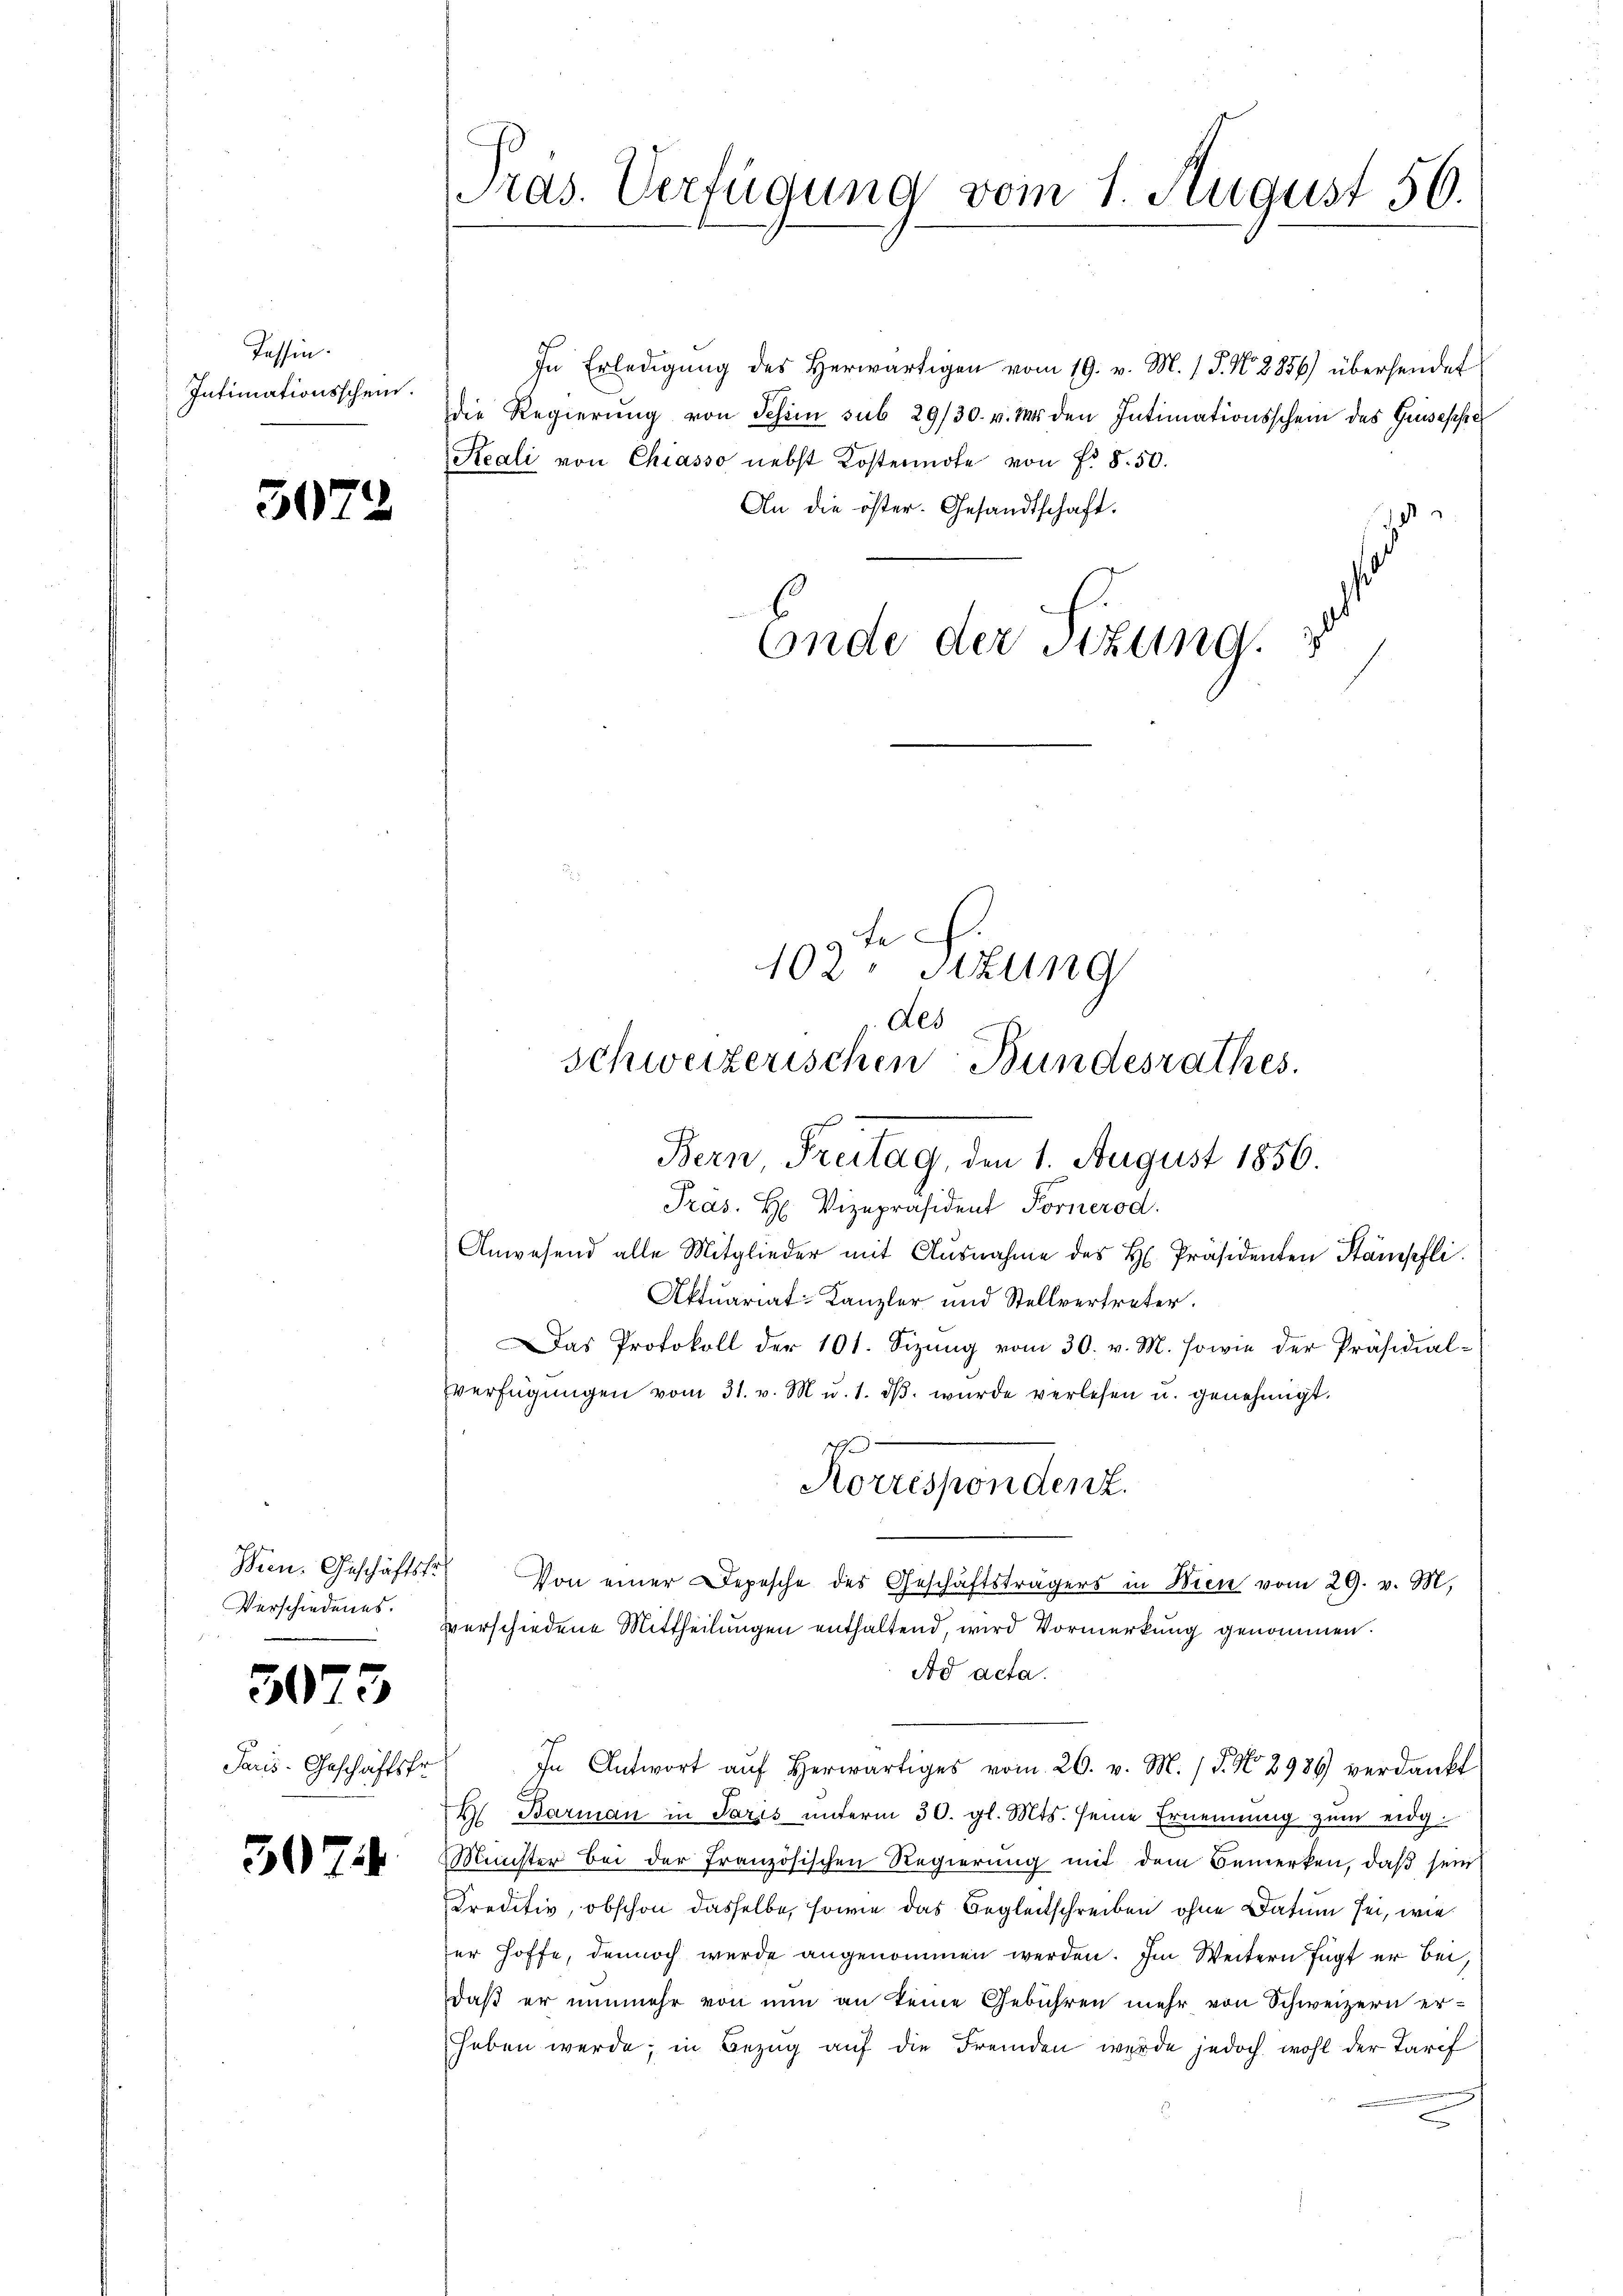
Passin.
Intimationsschein.

307.

2

Wien. Geschäftsfr
Verschiedenes.
u

3073

Paris-Geschäftsfr.

307

Pras. Verfügung vom 1. August 56.

In Erledigung des herwärtigen vom 19. v. M. P. Nr. 2856) übersendet
die Regierŭng von Schien sub 29/30. v. Ms. den Intimationsschein des Gruseppe
Reali von Chiasso nebst Kostennote von f. 8.50.
An die öster. Gesandtschaft.
Ende der Stzung.

A

102. Sizung
Als
Schweizerischen Bundesrathes.

Bern Treitag, den 1. August 1856.
Pras. H. Vizepräsident Fornerod

.
Korrespondenz.
Von einer Depesche des Geschäftsträgers in Wien vom 29. v. M.
vverschiedene Mittheilungen enthaltend, wird Vormerkung genommen.

Anwesend alle Mitglieder mit Ausnahme des H. Präsidenten Stämpfli
Aktuariat-Kanzler und Stellvertreter.
Das Protokoll der 101. Sizŭng vom 30. v. M. sowie der Präsidial-
verfügŭngen vom 31. v. M. u. 1. dβ. wurde verlesen u. genehmigt.
Ad acta.
In Antwort aŭf herwärtiges vom 26. v. M. / 5. No. 2986) verdankt
H Barman in Paris unterm 30. gl. Mts. seine Ernennung zum eidg.
Minister bei der französischen Regierung mit dem Bemerken, daß sein
Kreditiv, obschon dasselbe, sowie das Begleitschreiben ohne Datum sei, wie
er Hoffe, dennoch wurde angenommen werden. Im Weitern fügt er bei,
daß er nunmehr von nun an keine Gebühren mehr von Schweizern erheben werde; in Bezŭg aŭf die Fremden werde jedoch wohl der Tarif